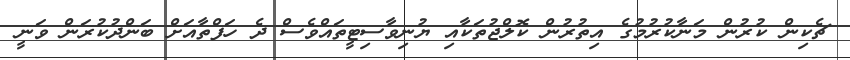
ޗެކިން ކުރުން މަނާކުރުމުގެ އިތުރުން ކޮލްޖުތަކާއި ޔުނިވާސިޓީތައްވެސް ދެ ހަފްތާއަށް ބަންދުކުރަން ވަނީ